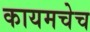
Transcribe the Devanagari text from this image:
कायमचेच